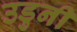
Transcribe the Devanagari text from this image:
उडुनी